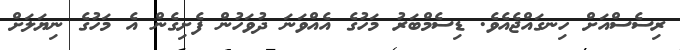
ރިސެސްއަށް ހިނގައްޖެއެވެ. ޑިސެމްބަރު މަހުގެ އެއްވަނަ ދުވަހުން ފެށިގެން އެ މަހުގެ ނިޔަލަށް